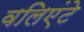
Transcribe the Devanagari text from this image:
वलिएंटे